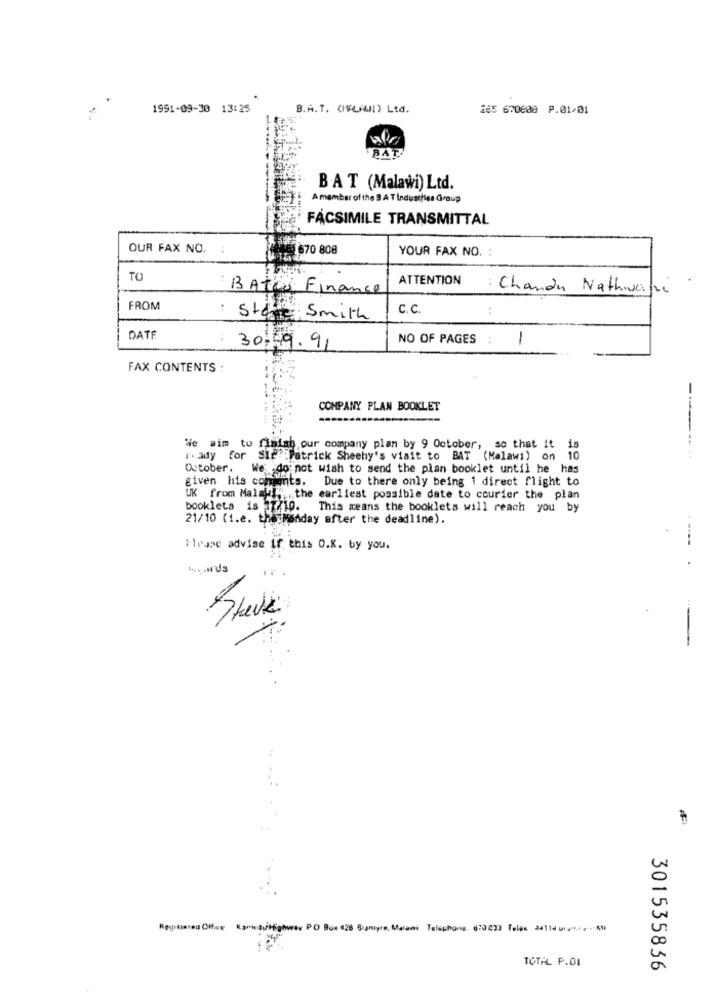
1991-09-30 13:25
B.A. T. (IKLAN1) Ltd.
i65 670608 P.01/01
BAT
BAT (Malawi) Ltd.
A member of the B A T Industiles Group
FACSIMILE TRANSMITTAL
OUR FAX NO.
670 808
YOUR FAX NO. :
TO
ATTENTION
: BATES Finance
: Chandu Nathwane
FROM
:
C.C.
:
Stan Smith
DATE
NO OF PAGES
1
30.19. 91
FAX CONTENTS :
COMPANY PLAN BOOKLET
We aim to flatab our company plan by 9 October, so that it is
ready for Sie":Patrick Sheehy's visit to BAT (Malawi) on 10
------
October. We do not wish to send the plan booklet until he has
given his comments.
Due to there only being 1 direct flight to
UK from Malawi ,, . the earliest possible date to courier the plan
booklets is 1771p.
This means the booklets will reach you by
21/10 (1.e. the Manday after the deadline).
----
Messe advise if this O.K. by you.
-
Regatiared Offre KannaufHighway PO Box 428 Bagniyre, Malawi Telephong. 670 033 Teles 24114 ui ****, .- A
TOTAL. P.O1
301535836